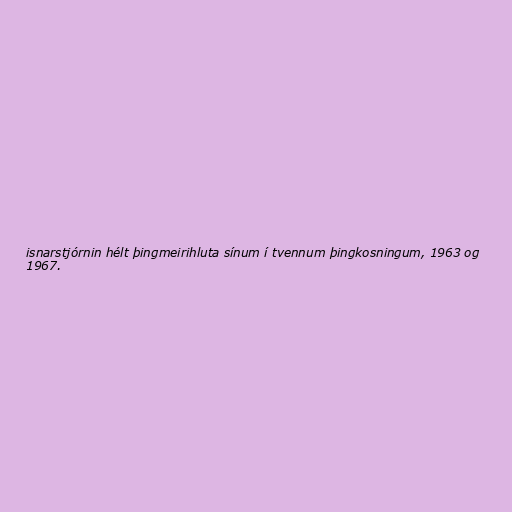
isnarstjórnin hélt þingmeirihluta sínum í tvennum þingkosningum, 1963 og
1967.